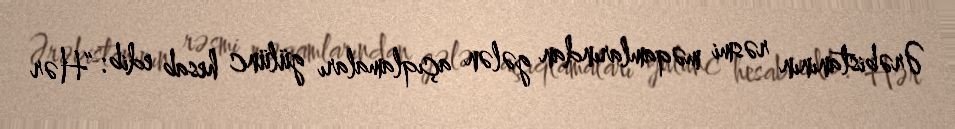
Ərəbistanının rəsmi məqamlarından gələn açıqlamaları gülünc hesab edib: “Hər